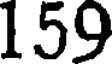
159